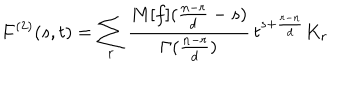
F ^ { ( 2 ) } ( s , t ) = \sum _ { r } \frac { M [ f ] ( \frac { n - r } { d } - s ) } { \Gamma ( \frac { n - r } { d } ) } \, t ^ { s + \frac { r - n } { d } } K _ { r }